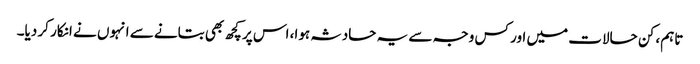
تاہم، کن حالات میں اور کس وجہ سے یہ حادثہ ہوا، اس پر کچھ بھی بتانے سے انہوں نے انکار کر دیا۔